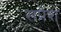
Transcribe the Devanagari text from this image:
सप्रेश